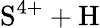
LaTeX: \mathrm{S^{4+}+H}